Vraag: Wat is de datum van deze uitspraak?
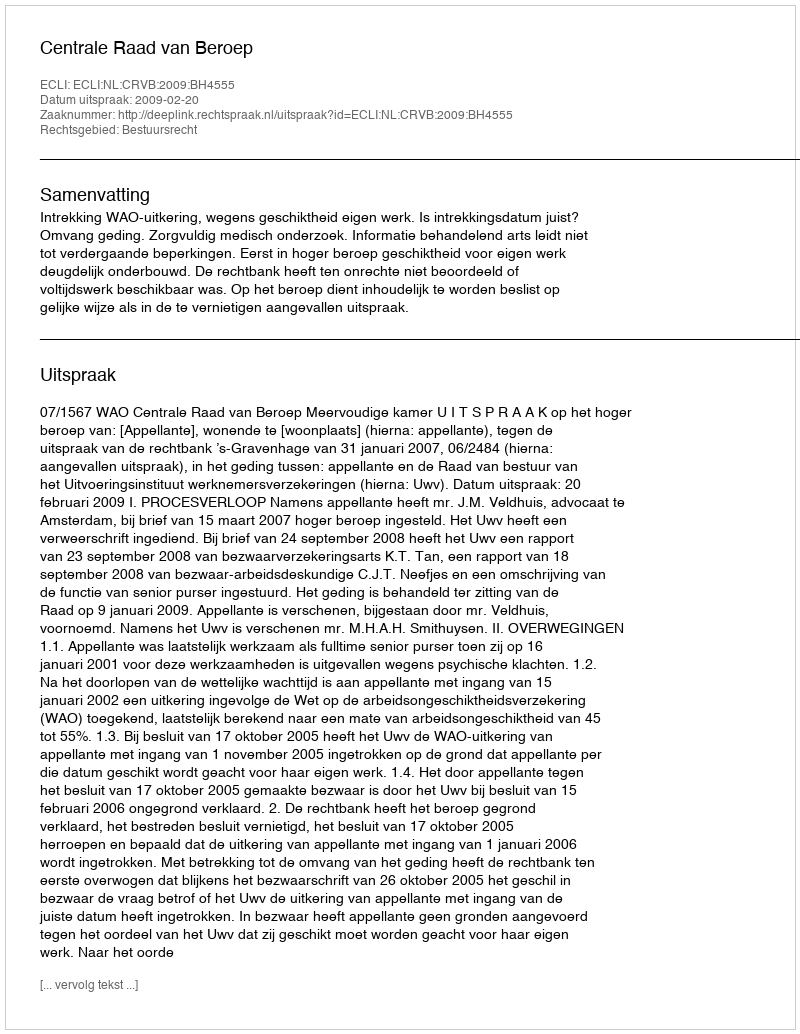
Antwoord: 2009-02-20